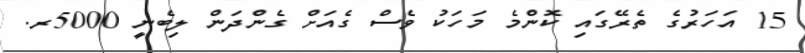
15 އަހަރުގެ ތެރޭގައި ކޮންމެ މަހަކު ވެސް ގެއަށް ގެންދަން ލިބެނީ 5000ރ.